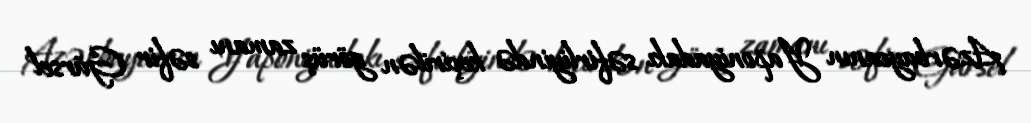
Azərbaycanın Yaponiyadakı səfirliyində keçirilən görüş zamanı səfir Gürsel